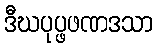
ဒီဃပုပ္ဖဖဏဒသာ